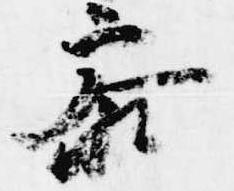
参